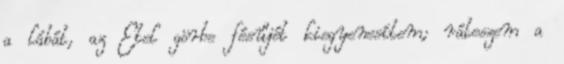
a lábát, az Etel görbe fésűjét kiegyenesítem; ráteszem a